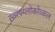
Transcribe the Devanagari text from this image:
स्ताफ्य्लोकोच्कल